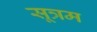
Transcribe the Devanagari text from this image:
सूत्रम